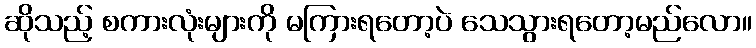
ဆိုသည့် စကားလုံးများကို မကြားရတော့ပဲ သေသွားရတော့မည်လော။